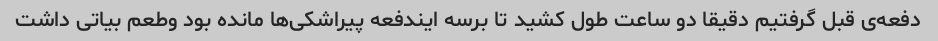
دفعه‌ی قبل گرفتیم دقیقا دو ساعت طول کشید تا برسه ایندفعه پیراشکی‌ها مانده بود وطعم بیاتی داشت